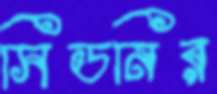
সিডনির